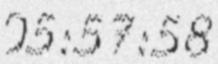
05:57:58